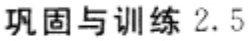
巩固与训练 2.5